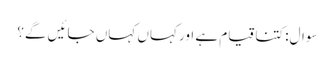
سوال:کتنا قیام ہے اور کہاں کہاں جائیں گے؟